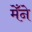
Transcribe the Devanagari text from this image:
मेँने